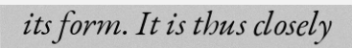
its form. It is thus closely